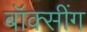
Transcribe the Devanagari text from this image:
बॉक्सींग